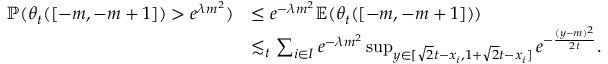
\begin{array} { r l } { \mathbb { P } ( \theta _ { t } ( [ - m , - m + 1 ] ) > e ^ { \lambda m ^ { 2 } } ) } & { \leq e ^ { - \lambda m ^ { 2 } } \mathbb { E } ( \theta _ { t } ( [ - m , - m + 1 ] ) ) } \\ & { \lesssim _ { t } \sum _ { i \in I } e ^ { - \lambda m ^ { 2 } } \operatorname* { s u p } _ { y \in [ \sqrt { 2 } t - x _ { i } , 1 + \sqrt { 2 } t - x _ { i } ] } e ^ { - \frac { ( y - m ) ^ { 2 } } { 2 t } } . } \end{array}